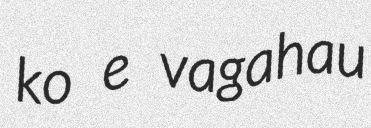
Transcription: ko e vagahau